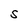
Character: S